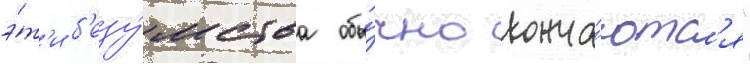
э́т'и б'езу́мства обы́чно конча́ютс'я"